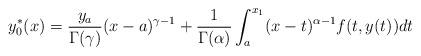
LaTeX: \begin{align*} y_{0}^{*}(x)=\frac{y_a}{\Gamma(\gamma)}(x-a)^{\gamma-1}+\frac{1}{\Gamma(\alpha)}\int_{a}^{x_1}(x-t)^{\alpha-1}f(t,y(t))dt\end{align*}